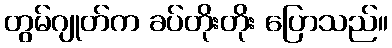
တွမ်ဂျုတ်က ခပ်တိုးတိုး ပြောသည်။